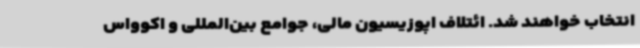
انتخاب خواهند شد. ائتلاف اپوزیسیون مالی، جوامع بین‌المللی و اکوواس